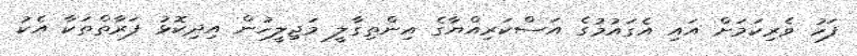
ފަހު ވެރިކަމަށް އައި އެގައުމުގެ އަސްކަރިއްޔާގެ އިންތިގާލީ މަޖިލީހުން އިދިކޮޅު ފަރާތްތަކާ އެކު